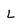
Character: L